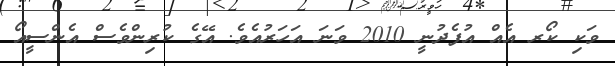
ވަކި ކޯރ އެއް އުފެދުނީ 2010 ވަނަ އަހަރުއެވެ. އޭގެ ކުރިންވެސް އެންސީއޯ